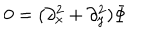
LaTeX: 0 = ( \partial _ { x } ^ { 2 } + \partial _ { y } ^ { 2 } ) \Phi